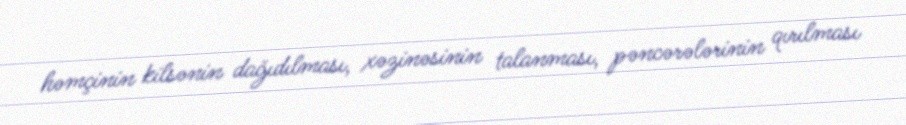
həmçinin kilsənin dağıdılması, xəzinəsinin talanması, pəncərələrinin qırılması